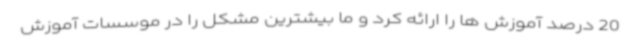
20 درصد آموزش ها را ارائه کرد و ما بیشترین مشکل را در موسسات آموزش